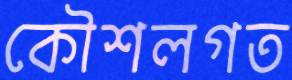
কৌশলগত